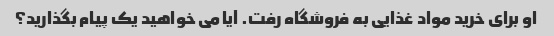
او برای خرید مواد غذایی به فروشگاه رفت. آیا می خواهید یک پیام بگذارید؟